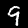
Digit: 9